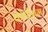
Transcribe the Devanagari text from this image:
कोंडीराम